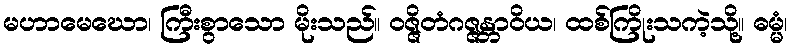
မဟာမေဃော၊ ကြီးစွာသော မိုးသည်။ ဝဇ္ဇိတံဂဇ္ဇန္တာဝိယ၊ ထစ်ကြိုးသကဲ့သို့။ ဓမ္မံ၊